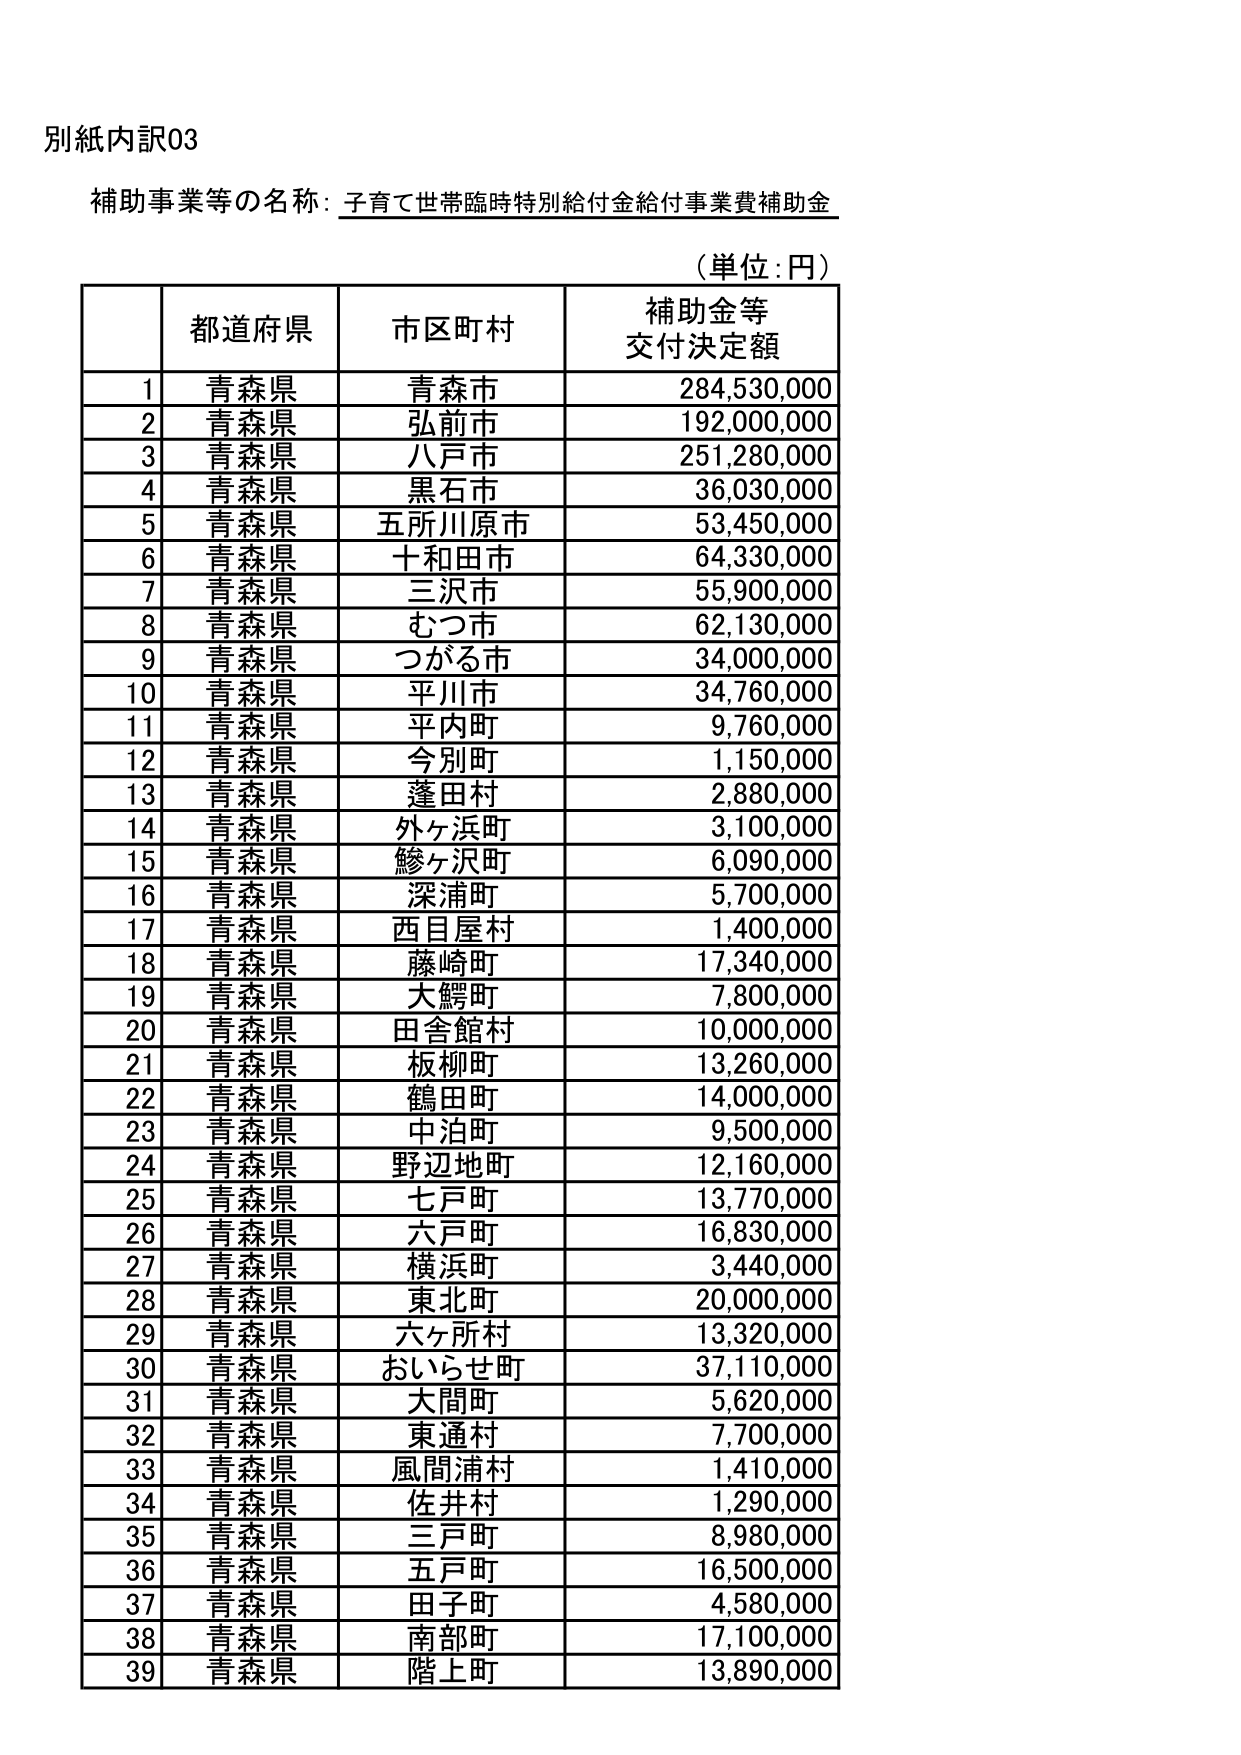
別紙内訳03

補助事業等の名称：子育て世帯臨時特別給付金給付事業費補助金

（単位：円）

| | 都道府県 | 市区町村 | 補助金等交付決定額 |
|---|---|---|---|
| 1 | 青森県 | 青森市 | 284,530,000 |
| 2 | 青森県 | 弘前市 | 192,000,000 |
| 3 | 青森県 | 八戸市 | 251,280,000 |
| 4 | 青森県 | 黒石市 | 36,030,000 |
| 5 | 青森県 | 五所川原市 | 53,450,000 |
| 6 | 青森県 | 十和田市 | 64,330,000 |
| 7 | 青森県 | 三沢市 | 55,900,000 |
| 8 | 青森県 | むつ市 | 62,130,000 |
| 9 | 青森県 | つがる市 | 34,000,000 |
| 10 | 青森県 | 平川市 | 34,760,000 |
| 11 | 青森県 | 平内町 | 9,760,000 |
| 12 | 青森県 | 今別町 | 1,150,000 |
| 13 | 青森県 | 蓬田村 | 2,880,000 |
| 14 | 青森県 | 外ヶ浜町 | 3,100,000 |
| 15 | 青森県 | 鰺ヶ沢町 | 6,090,000 |
| 16 | 青森県 | 深浦町 | 5,700,000 |
| 17 | 青森県 | 西目屋村 | 1,400,000 |
| 18 | 青森県 | 藤崎町 | 17,340,000 |
| 19 | 青森県 | 大鰐町 | 7,800,000 |
| 20 | 青森県 | 田舎館村 | 10,000,000 |
| 21 | 青森県 | 板柳町 | 13,260,000 |
| 22 | 青森県 | 鶴田町 | 14,000,000 |
| 23 | 青森県 | 中泊町 | 9,500,000 |
| 24 | 青森県 | 野辺地町 | 12,160,000 |
| 25 | 青森県 | 七戸町 | 13,770,000 |
| 26 | 青森県 | 六戸町 | 16,830,000 |
| 27 | 青森県 | 横浜町 | 3,440,000 |
| 28 | 青森県 | 東北町 | 20,000,000 |
| 29 | 青森県 | 六ヶ所村 | 13,320,000 |
| 30 | 青森県 | おいらせ町 | 37,110,000 |
| 31 | 青森県 | 大間町 | 5,620,000 |
| 32 | 青森県 | 東通村 | 7,700,000 |
| 33 | 青森県 | 風間浦村 | 1,410,000 |
| 34 | 青森県 | 佐井村 | 1,290,000 |
| 35 | 青森県 | 三戸町 | 8,980,000 |
| 36 | 青森県 | 五戸町 | 16,500,000 |
| 37 | 青森県 | 田子町 | 4,580,000 |
| 38 | 青森県 | 南部町 | 17,100,000 |
| 39 | 青森県 | 階上町 | 13,890,000 |